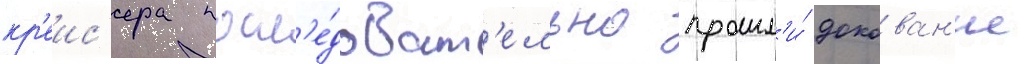
кр'еис'ера посл'е́доват'ельно прошл'и́ докован'ие